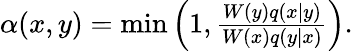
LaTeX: \begin{array}{r}{\alpha(x,y)=\mathrm{min}\left(1,\frac{W(y)q(x|y)}{W(x)q(y|x)}\right).}\end{array}